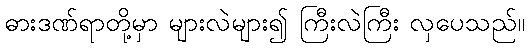
ဓားဒဏ်ရာတို့မှာ များလဲများ၍ ကြီးလဲကြီး လှပေသည်။